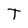
Character: T